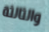
والثالثة